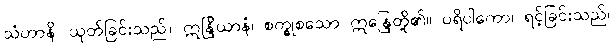
သံဟာနိ၊ ယုတ်ခြင်းသည်။ ဣန္ဒြိယာနံ၊ စက္ခုစသော ဣန္ဒြေတို့၏။ ပရိပါကော၊ ရင့်ခြင်းသည်။